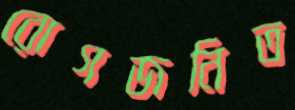
রোগজনিত